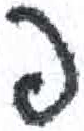
אות: פ